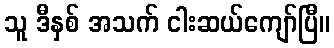
သူ ဒီနှစ် အသက် ငါးဆယ်ကျော်ပြီ။